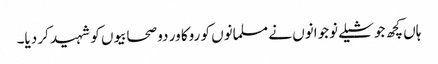
ہاں کچھ جوشیلے نوجوانوں نے مسلمانوں کو روکا ور دو صحابیوں کو شہید کر دیا۔